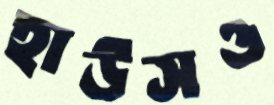
হাউসও